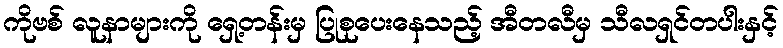
ကိုဗစ် လူနာများကို ရှေ့တန်းမှ ပြုစုပေးနေသည့် အီတလီမှ သီလရှင်တပါးနှင့်